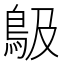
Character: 𩾶